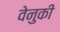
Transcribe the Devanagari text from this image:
वेनुकी